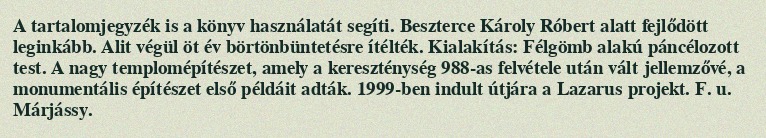
A tartalomjegyzék is a könyv használatát segíti. Beszterce Károly Róbert alatt fejlődött leginkább. Alit végül öt év börtönbüntetésre ítélték. Kialakítás: Félgömb alakú páncélozott test. A nagy templomépítészet, amely a kereszténység 988-as felvétele után vált jellemzővé, a monumentális építészet első példáit adták. 1999-ben indult útjára a Lazarus projekt. F. u. Márjássy.